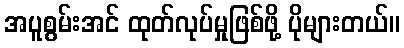
အပူစွမ်းအင် ထုတ်လုပ်မှုဖြစ်ဖို့ ပိုများတယ်။